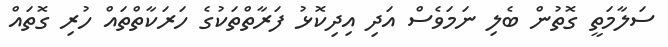
ސަލާމަތީ ގޮތުން ބެލި ނަމަވެސް އަދި އިދިކޮޅު ފަރާތްތަކުގެ ހަރަކާތްތައް ހުރި ގޮތައް